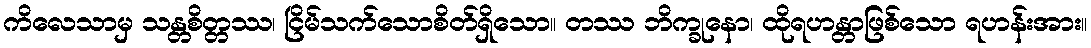
ကိလေသာမှ သန္တစိတ္တဿ၊ ငြိမ်သက်သောစိတ်ရှိသော။ တဿ ဘိက္ခုနော၊ ထိုရဟန္တာဖြစ်သော ရဟန်းအား။